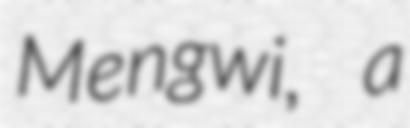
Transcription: Mengwi, a